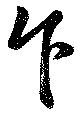
乍